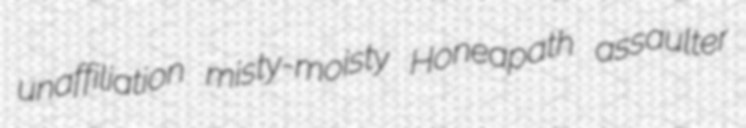
unaffiliation misty-moisty Honeapath assaulter